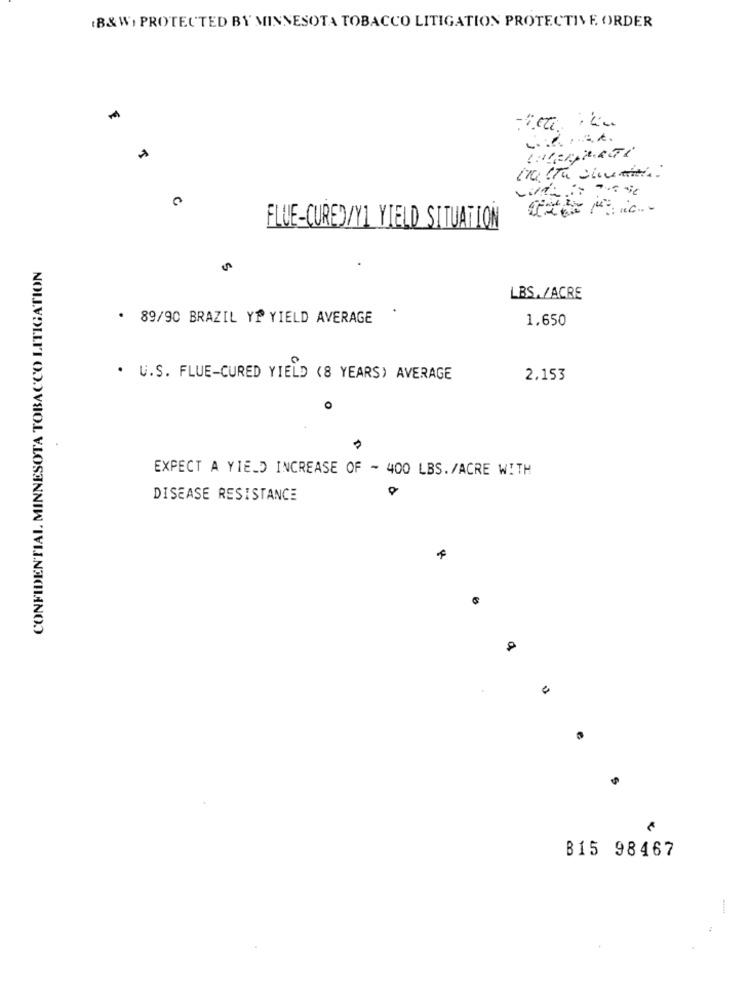
(B&W) PROTECTED BY MINNESOTA TOBACCO LITIGATION PROTECTIVE ORDER
FLUE-CURED/YI YIELD SITUATION
CONFIDENTIAL. MINNESOTA TOBACCO LITIGATION
LBS./ACRE
. 89/90 BRAZIL YP YIELD AVERAGE
1.650
. U.S. FLUE-CURED YIELD (8 YEARS) AVERAGE
2,153
EXPECT A YIELD INCREASE OF - 400 LBS./ACRE WITH
DISEASE RESISTANCE
B15 98467